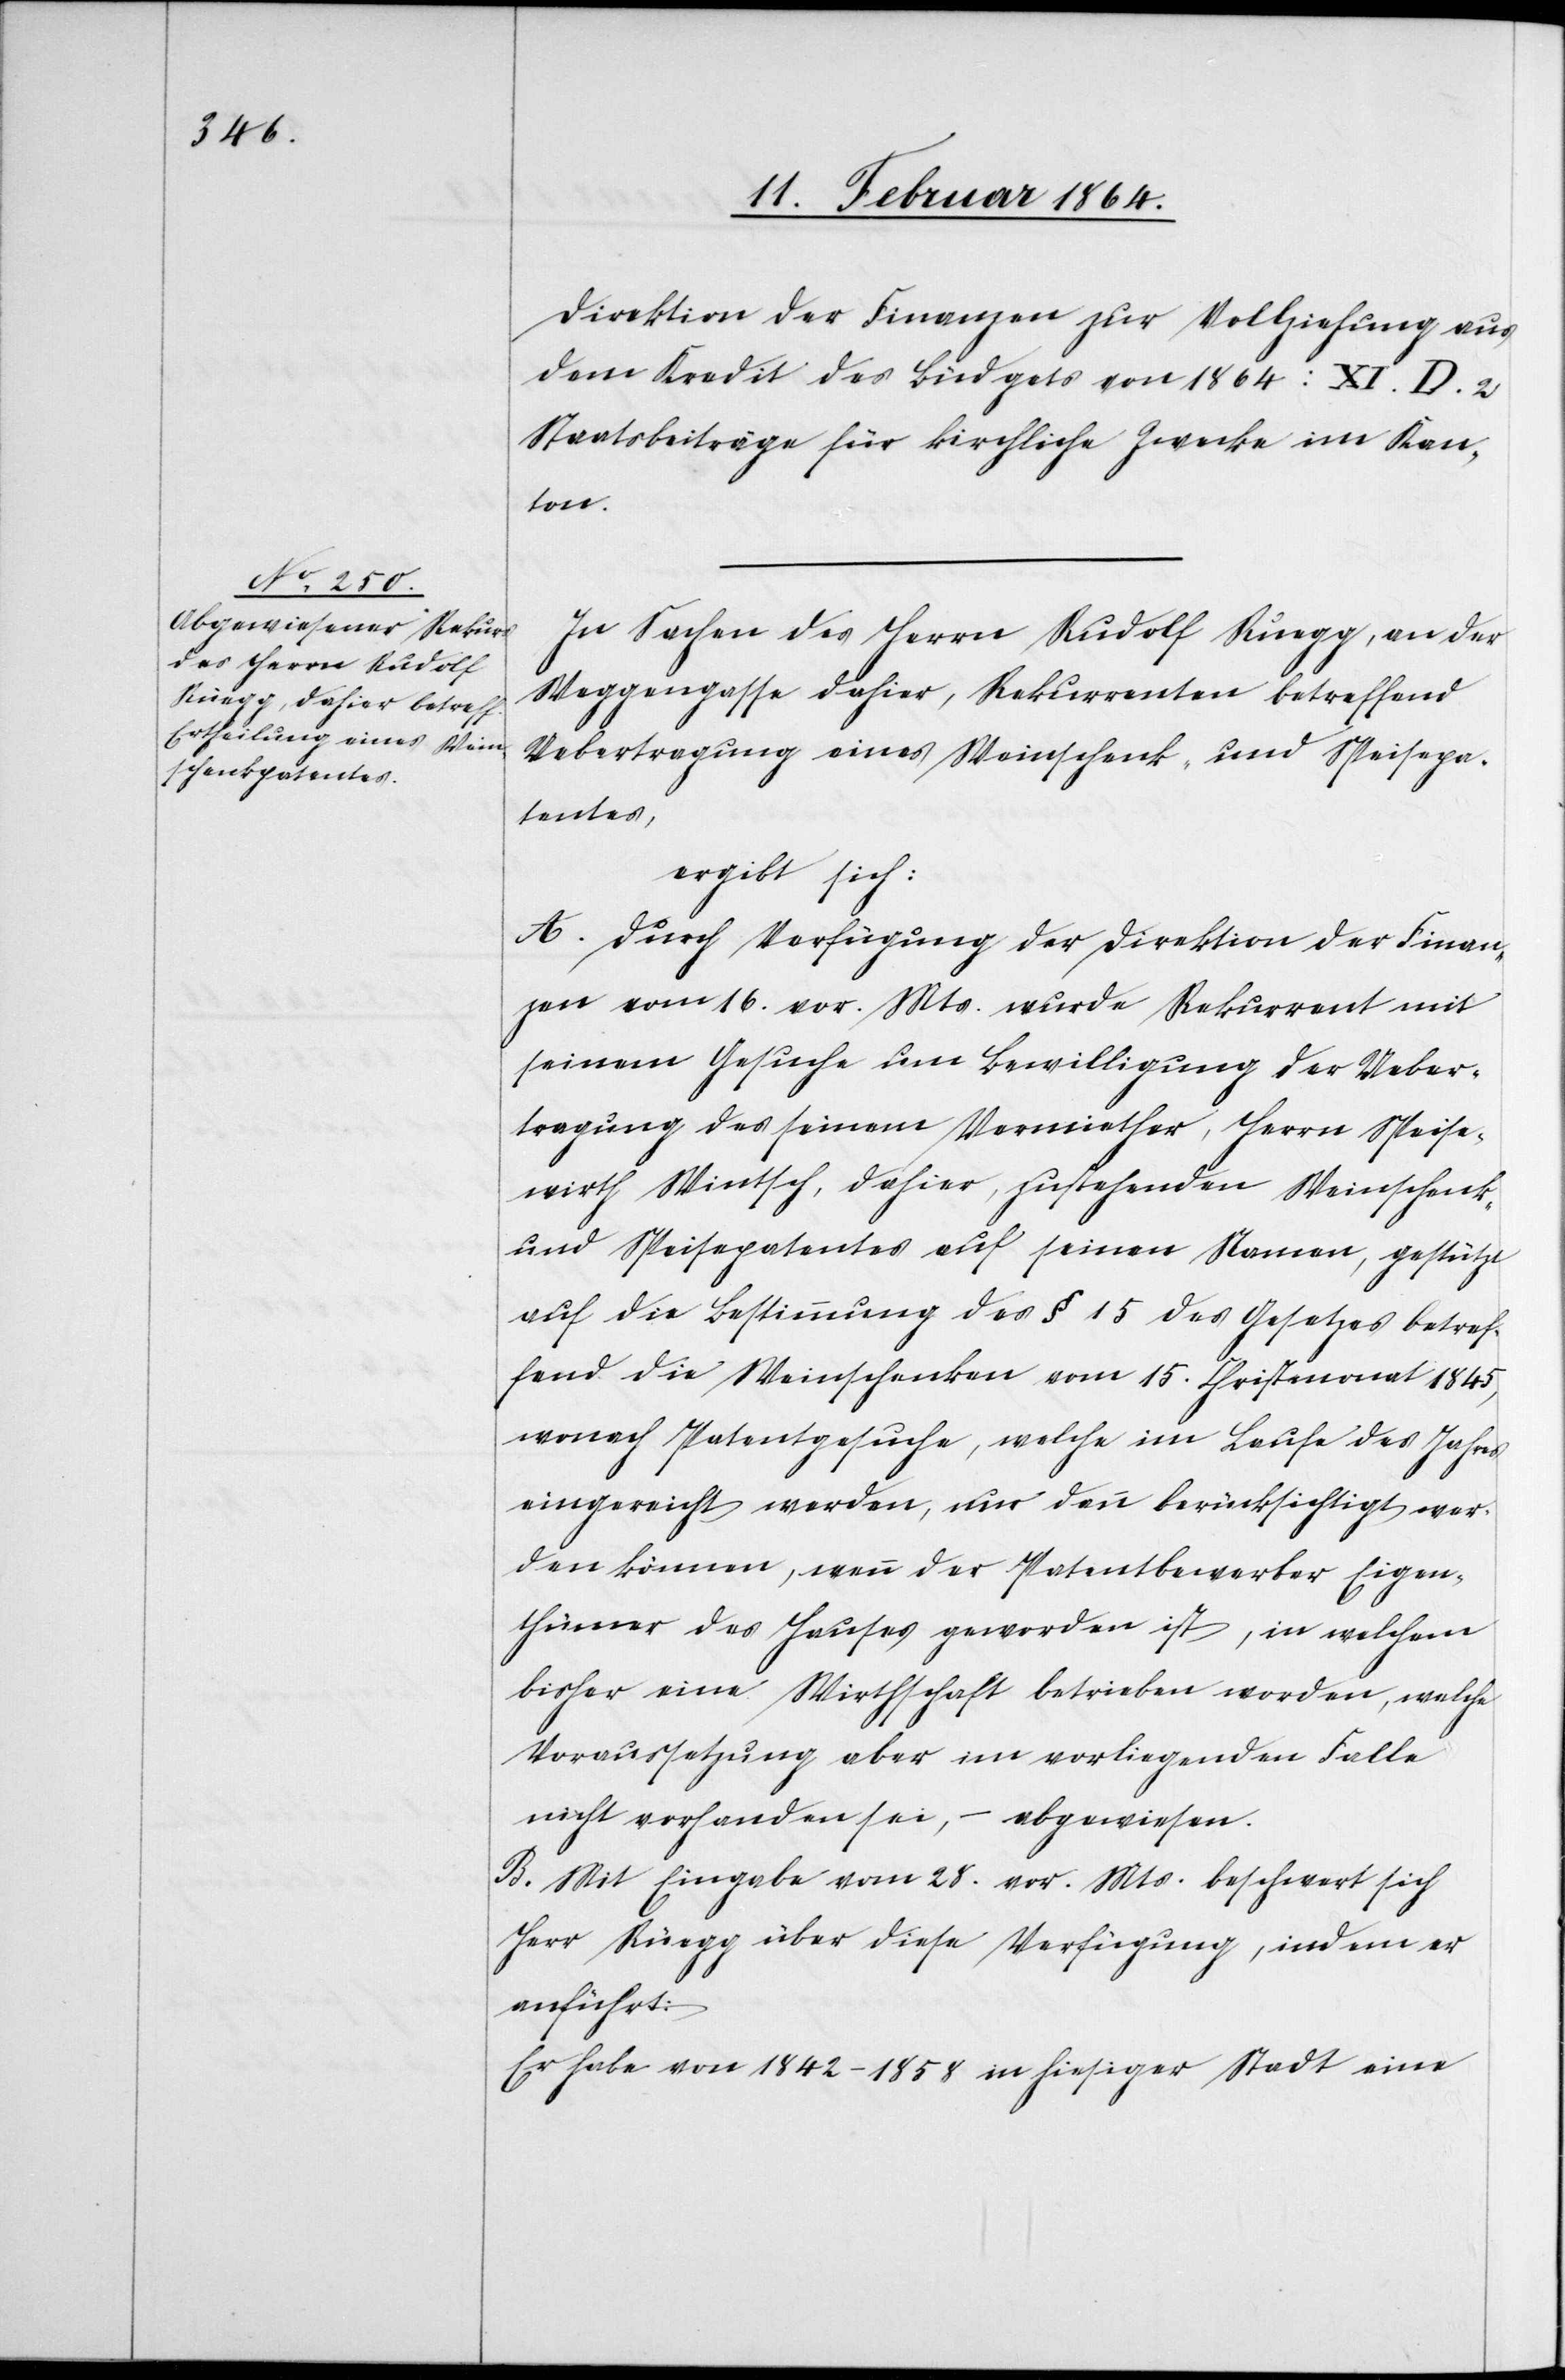
Direktion der Finanzen zur Vollziehung aus
dem Kredit des Budgets von 1864: XI. D. 2
Staatsbeiträge für kirchliche Zwecke im Kan¬
ton.
In Sachen des Herrn Rudolf Rüegg, an der
Weggengasse dahier, Rekurrenten betreffend
Uebertragung eines Weinschenk- und Speisepa¬
tentes,
ergibt sich:
A. Durch Verfügung der Direktion der Finan¬
zen vom 16. vor. Mts. wurde Rekurrent mit
seinem Gesuche um Bewilligung der Ueber¬
tragung des seinem Vermiether, Herrn Speise¬
wirth Wintsch, dahier, zustehenden Weinschenk-
und Speisepatentes auf seinen Namen, gestützt
auf die Bestimmung des § 15 des Gesetzes betref¬
fend die Weinschenken vom 15. Christmonat 1845,
wonach Patentgesuche, welche im Laufe des Jahres
eingereicht werden, nur dann berücksichtigt wer¬
den können, wenn der Patentbewerber Eigen¬
thümer des Hauses geworden ist, in welchem
bisher eine Wirthschaft betrieben worden, welche
Voraussetzung aber im vorliegenden Falle
nicht vorhanden sei, – abgewiesen.
B. Mit Eingabe vom 28. vor. Mts. beschwert sich
Herr Rüegg über diese Verfügung, indem er
anführt:
Er habe von 1842-1858 in hiesiger Stadt eine